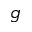
g